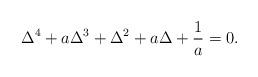
LaTeX: \begin{align*}\Delta^4+a\Delta^3+\Delta^2+a\Delta+\frac{1}{a}=0.\end{align*}